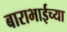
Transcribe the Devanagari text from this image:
बाराभाईच्या